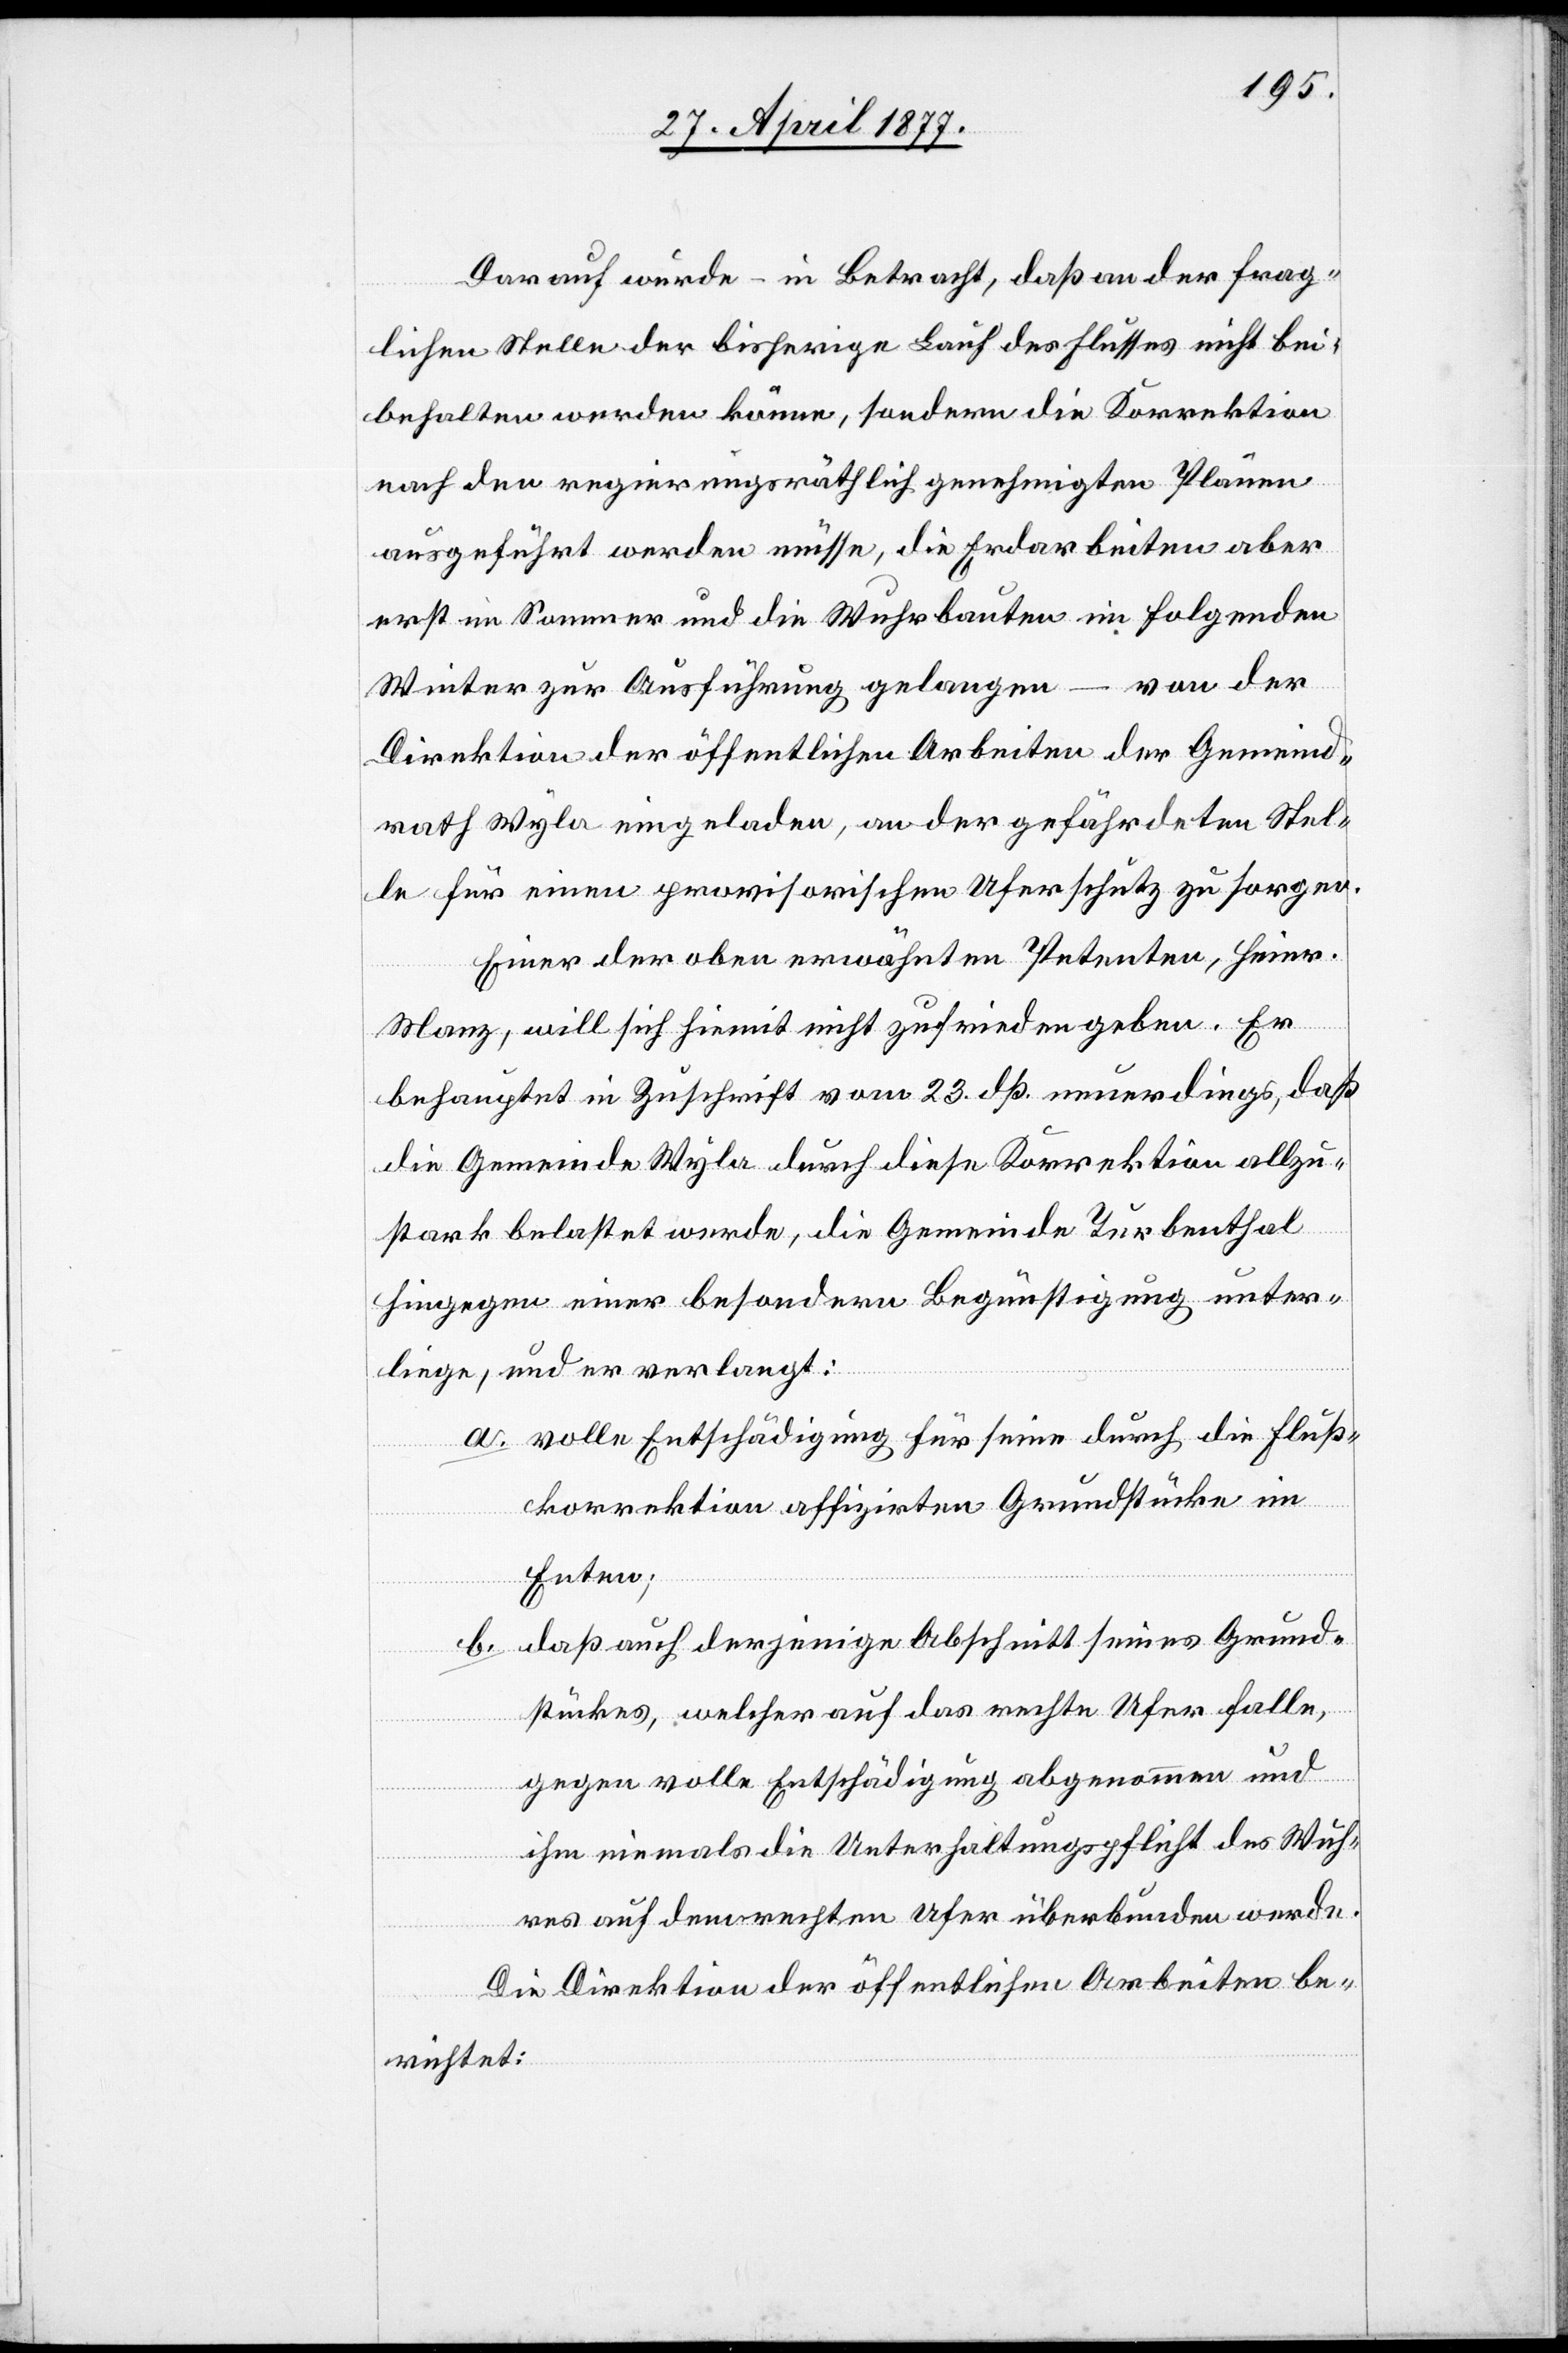
Darauf wurde – in Betracht, daß an der frag¬
lichen Stelle der bisherige Lauf des Flusses nicht bei¬
behalten werden könne, sondern die Korrektion
nach den regierungsräthlich genehmigten Plänen
ausgeführt werden müsse, die Erdarbeiten aber
erst im Sommer und die Wuhrbauten im folgenden
Winter zur Ausführung gelangen – von der
Direktion der öffentlichen Arbeiten der Gemeind¬
rath Wyla eingeladen, an der gefährdeten Stel¬
le für einen provisorischen Uferschutz zu sorgen.
Einer der oben erwähnten Petenten, Heinr.
Manz, will sich hiemit nicht zufrieden geben. Er
behauptet in Zuschrift vom 23. dß. neuerdings, daß
die Gemeinde Wyla durch diese Korrektion allzu¬
stark belastet werde, die Gemeinde Turbenthal
hingegen einer besondern Begünstigung unter¬
liege, und er verlangt:
a. volle Entschädigung für seine durch die Fluß¬
korrektion affizirten Grundstücke im
Enten;
b. daß auch derjenige Abschnitt seines Grund¬
stückes, welcher auf das rechte Ufer falle,
gegen volle Entschädigung abgenommen und
ihm niemals die Unterhaltungspflicht des Wuh¬
res auf dem rechten Ufer überbunden werde.
Die Direktion der öffentlichen Arbeiten be¬
richtet: